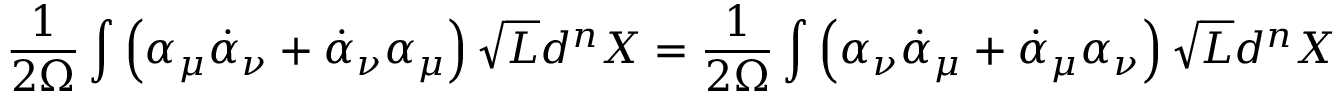
\frac { 1 } { 2 \Omega } \int \left( \alpha _ { \mu } { \dot { \alpha } } _ { \nu } + { \dot { \alpha } } _ { \nu } \alpha _ { \mu } \right) \sqrt { L } d ^ { n } X = \frac { 1 } { 2 \Omega } \int \left( \alpha _ { \nu } { \dot { \alpha } } _ { \mu } + { \dot { \alpha } } _ { \mu } \alpha _ { \nu } \right) \sqrt { L } d ^ { n } X